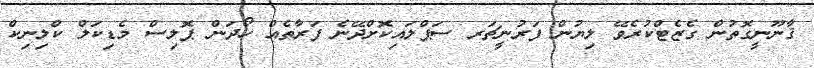
ޤާނޫނީގޮތުން ގެޒެޓްކުރެވޭ ލިޔުން ފަރުނީޗަރ ސަޕްލައިކޮށްދޭނެ ފަރާތެއް ހޯދަން ޕޮލިސް މެޑިކަލް ކްލިނިކް